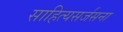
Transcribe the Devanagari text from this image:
साहित्यसर्जसना